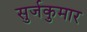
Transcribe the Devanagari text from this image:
सुर्जकुमार